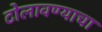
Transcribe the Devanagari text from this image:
टोलावण्याचा